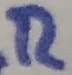
Text: R